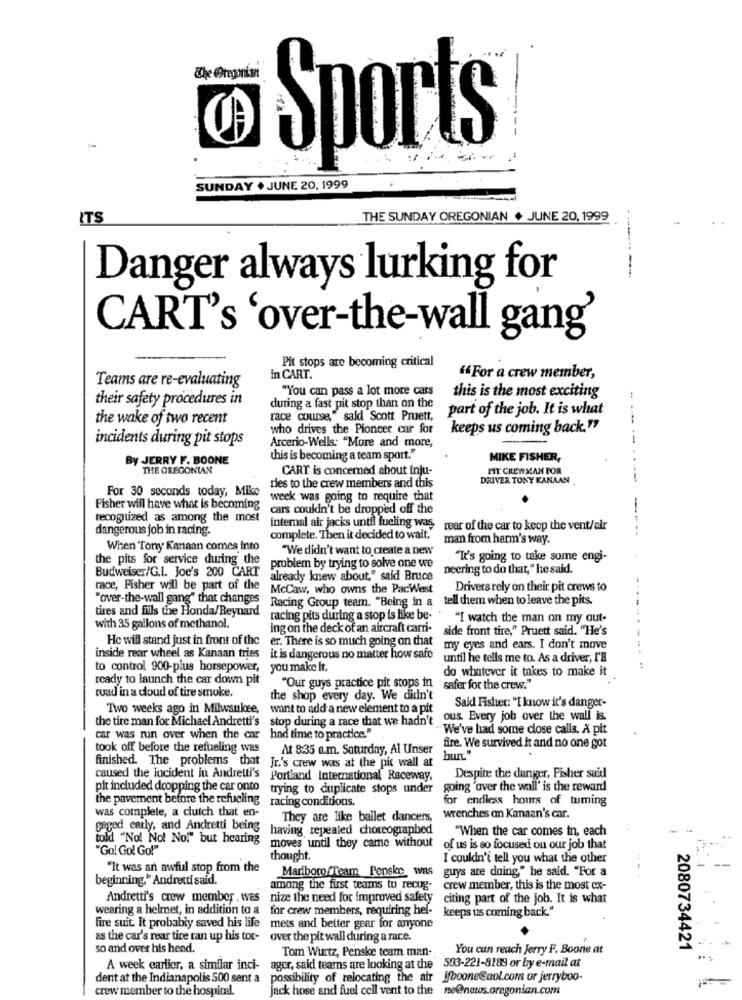
The Oregonian
Sports
SUNDAY + JUNE 20, 1999
ITS
THE SUNDAY OREGONIAN + JUNE 20, 1999
Danger always lurking for
------
CART's 'over-the-wall gang'
Pit stops are becoming critical
Teams are re-evaluating
in CART.
"For a crew member,
"You can pass a lot more cars
their safety procedures in
this is the most exciting
during a fast pit stop than on the
part of the job. It is what
the wake of two recent
race course," said Scott Pruett,
who drives the Pioncer car for
keeps us coming back."
incidents during pit stops
Arcerio-Wells: "More and more,
By JERRY F. BOONE
this is becoming a team sport."
MIKE FISHER,
THE OREGONIAN
CART is concerned about inju-
FIT CREWMAN FOR
DRIVER TONY KANAAN .
--
For 30 seconds today, Mike
ries to the crew members and this
week was going to require that
Fisher will have what is becoming
cars couldn't be dropped off the
recognized as among the most
dangerous job in racing.
internal air jacks until fueling was
rear of the car to keep the vent/air
complete. Then it decided to wait.
man from harm's way.
When Tony Kanaan comes into
"We didn't want to create a new
the pits for service during the
"It's going to take some engi-
Budweiser/G.I. Joe's 200 CART
problem by trying to solve one we
neering to do that," he said.
already knew about," said Bruce
race, Fisher will be part of the
McCaw, who owns the PacWest
Drivers rely on their pit crews to
"over-the-wall gang" that changes
Racing Group team. "Being in a tell them when to leave the pits.
tires and fills the Honda/Reynard
racing pits during a stop is like be-
"I watch the man on my out-
with 35 gallons of methanol.
ing on the deck of an aircraft carni-
side front tire," Pruett said. "He's
He will stand just in front of the
er. There is so much going on that
my eyes and ears. I don't move
inside rear wheel as Kanaan tries it is dangerous no matter how safe
until he tells me to. As a driver, I'H
to control 900-plus horsepower, you make It.
do whatever it takes to make it
ready to launch the car down pit
"Our guys practice pit stops in safer for the crow.
tuad in a cloud of tire smoke.
the shop every day. We didn't
Said Fisher: "I know it's danger-
Two weeks ago in Milwaukee,
want to add a new element to a pit
the tire man for Michael Andretti's stop during a race that we hadn't
ous. Every job over the wall is.
We've had some close calls. A pit
car was run over when the car had time to practice."
took off before the refueling was
At 8:35 a.m. Saturday, Al Unser
fire. We survived it and no one got
finished. The problems that
Jr.'s crew was at the pit wall at
caused the incident in Andretti's
Portland International Raceway,
Despite the danger, Fisher said
pit included dropping the car onto
trying to duplicate stops under
going 'over the wall' is the reward
the pavement before the refueling racing conditions.
for endless hours of tuming
was complete, a clutch that en-
They are like ballet dancers,
wrenches an Kanaan's car.
gaged carly, and Andretti being
having repealed choreographed
"When the car comes in, each
told "No! No! No." but hearing
"Go! Go! Go!"
moves until they came without of us is so focused on our job that
thought.
I couldn't tell you what the other
"It was an awful stop from the
guys are doing," he said. "For a
beginning." Andrecti said,
Marlboro/Team Penske wns
among the first teams to recug-
crew member, this is the most cx-
Andretti's crew member , was
nize the need for improved safety
citing part of the job. It is what
wearing a helmet, in addition to a
for crew members, requiring hel-
keeps us coming back."
fire suit. It probably saved his life
mets and better gear for anyone
as the car's rear tire ran up his tor-
over the pit wall during a race.
so and over his head.
Tom Wurtz, Penske team man-
You can reach Jerry F. Boone at
2080734421
A week earlier, a similar inci- ager, said tearns are looking at the 503-221-8189 or by e-mail at
dent at the Indianapolis 500 sent a
possibility of relocating the air jfboone@aol.com or jerryboo-
crew member to the hospital.
jack hose and fuel cell vent to the ne@news.oregonian.com